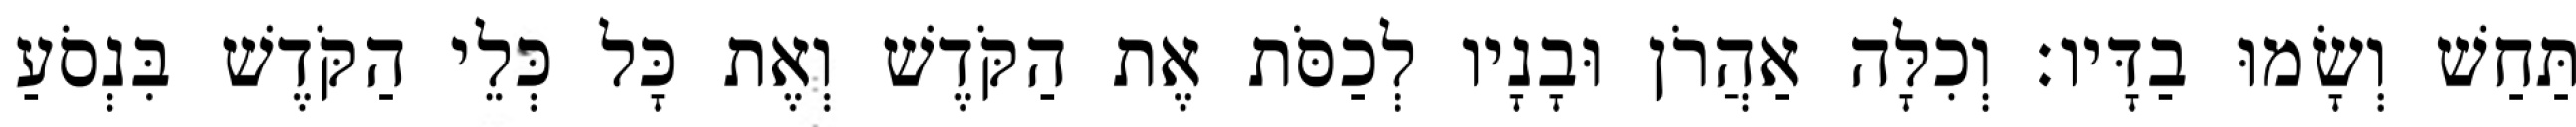
תַּחַשׁ וְשָׂמוּ בַדָּיו׃ וְכִלָּה אַהֲרֹן וּבָנָיו לְכַסֹּת אֶת הַקֹּדֶשׁ וְאֶת כָּל כְּלֵי הַקֹּדֶשׁ בִּנְסֹעַ